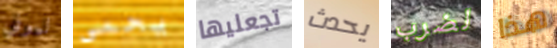
ليوني يحمي تجعليها يحدث لضرب هذا